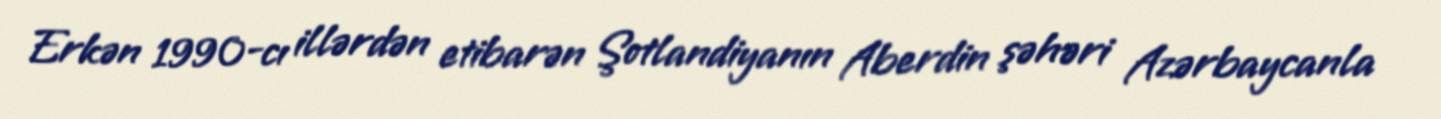
Erkən 1990-cı illərdən etibarən Şotlandiyanın Aberdin şəhəri Azərbaycanla